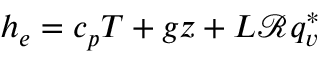
h _ { e } = c _ { p } T + g z + L \mathcal { R } q _ { v } ^ { * }